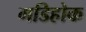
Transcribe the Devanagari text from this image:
गडिहोक